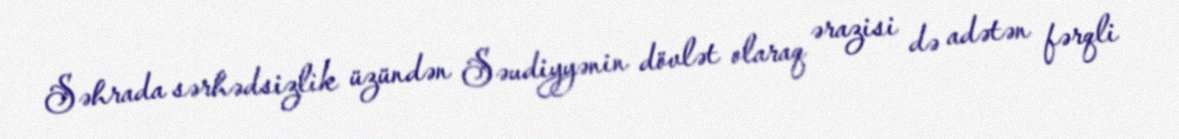
Səhrada sərhədsizlik üzündən Səudiyyənin dövlət olaraq ərazisi də adətən fərqli